Leaving Certificate Examination (including Day School Certificate (Higher) General paper), 1928
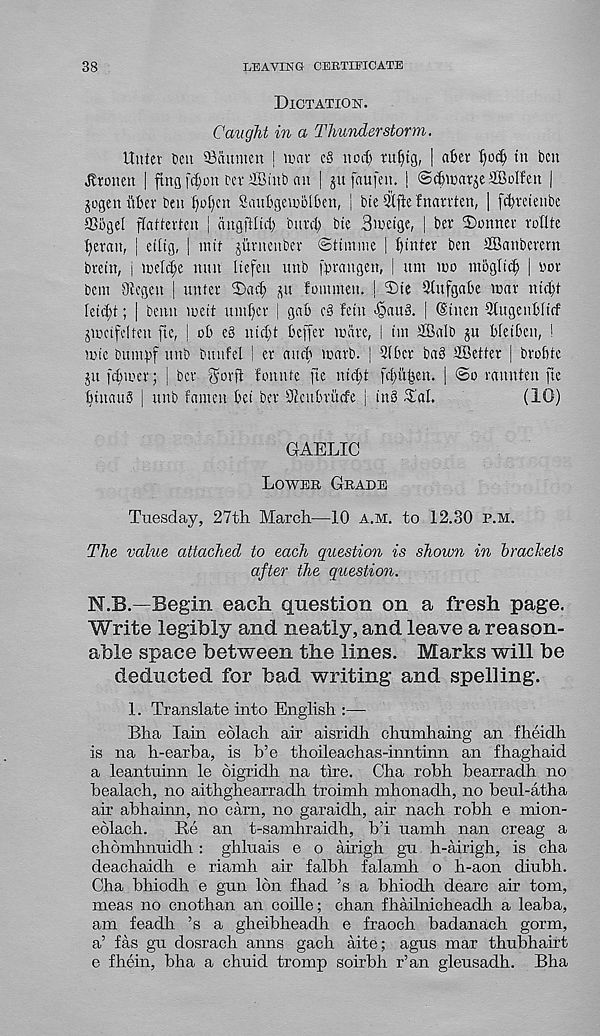
38
LEAVING CERTIFICATE
Dictation.
Caught in a Thunderstorm.
Unter t>en 33a it men j mar c§ nod) ut^tg, | aber ^oc^i tn ben
kronen [ ftngf^on Per SBinb an | jn faufen. j ©^marje SBoIfen |
jogen itber Pen f)ol)cn SaubgemolPen, | Pie 2ifie fnarrten, | fcprcieuPe
aSPgel flatferten j angftlid) burd) Pie Smetge, | Per Conner rollte
^erau, | etltg, | nut jurnenPer ©timnie | Winter Pen SBanPerem
pretn, j meld;e mm liefen unP fprangen, ! nm mo moglid) | oor
Pcm Oicgen | unter 2)ac^ ju fommeu. | 5)te Stufgabe mar ntd)f
feid;t; | Penn meit umf)cr | gab c8 fetn <@au8. | (Stnen Stugenblirf
jmcifdten fte, j ob e§ nid)t beffer mare, ! tm tffialP ju bfetbcn, !
mic Pttmvf unP Pimfel | er and) marP. | Sfbcr Pa8 ^Better j Probte
juftbii'er; i Per gorft fonnte fte nid)t fd;il^en. | @o raunten fte
btnauS | unP famcu bet Per 9icuPrude \ tn8 ^I'al.
(10)
GAELIC
Lower Grade
Tuesday, 27th March—10 a.m. to 12.30 p.m.
The value attached to each question is shown in brackets
after the question.
N.B.—Begin each question on a fresh page.
Write legihly and neatly, and leave a reason-
able space between the lines. Marks will be
deducted for bad writing and spelling.
1. Translate into English
Bha Iain eolach air aisridh chumhaing an fheidh
is na h-earba, is b’e thoileachas-inntinn an fhaghaid
a leantuinn le oigridh na tire. Cha robh bearradh no
bealach, no aithghearradh troimh mhonadh, no beul-atha
air abhainn, no earn, no garaidh, air nach robh e mion-
eolach.
Re an t-samhraidh, b’i uamh nan creag a
chomhnuidh: ghluais e o airigh gu h-airigh, is cha
deachaidh e riamh ah falbh falamh o h-aon diubh.
Cha bhiodh e gun Ion fhad ’s a bhiodh dearc ah tom,
meas no cnothan an coille; chan fhailnicheadh a leaba,
am feadh ’s a gheibheadh e fraoch badanach gorm,
a’ fas gu dosrach anns gach aite; agus mar thubhairt
e fhein, bha a chuid tromp soirbh r’an gleusadh. Bha